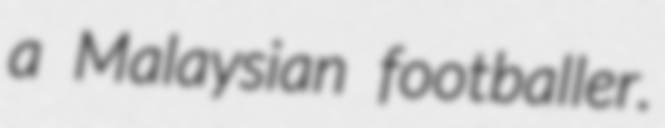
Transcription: a Malaysian footballer.